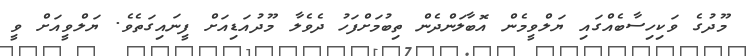
މޫދުގެ ވަކިހިސާބެއްގައި ޔަލްވީމެން އޮބާލަންދެން ތިބުމަށްފަހު ދެވެލާ މޫދުއަޑިއަށް ފީނައިގަތެވެ. ޔަލްވީއަށް ވީ